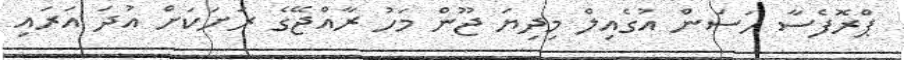
ޕްރޮފެސާ ހަސަން އުގެއިލް މިދިޔަ ޖޫން މަހު ރާއްޖޭގެ ރަށަކަށް އުދަ އަރައި